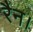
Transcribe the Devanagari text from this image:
रैन।